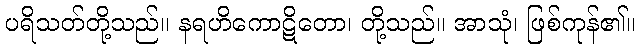
ပရိသတ်တို့သည်။ နရဟိကောဋိတော၊ တို့သည်။ အာသုံ၊ ဖြစ်ကုန်၏။